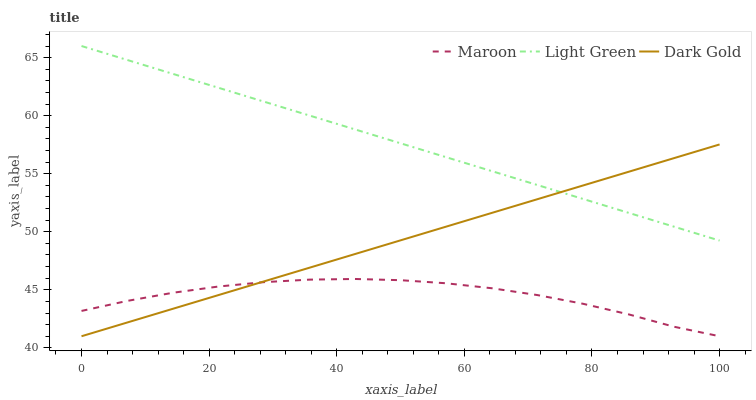
| xaxis_label | Maroon | Light Green | Dark Gold |
 | --- | --- | --- | --- |
 | 0 | 43.2 | 66 | 41 |
 | 7.14 | 44 | 64.8 | 42.2 |
 | 14.3 | 44.7 | 63.6 | 43.4 |
 | 21.4 | 45.3 | 62.4 | 44.5 |
 | 28.6 | 45.7 | 61.2 | 45.7 |
 | 35.7 | 45.9 | 60 | 46.9 |
 | 42.9 | 45.9 | 58.8 | 48.1 |
 | 50 | 45.8 | 57.6 | 49.3 |
 | 57.1 | 45.6 | 56.4 | 50.4 |
 | 64.3 | 45.1 | 55.2 | 51.6 |
 | 71.4 | 44.5 | 54 | 52.8 |
 | 78.6 | 43.8 | 52.8 | 54 |
 | 85.7 | 42.9 | 51.6 | 55.2 |
 | 92.9 | 41.8 | 50.4 | 56.3 |
 | 100 | 41 | 49.2 | 57.5 |